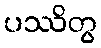
ပဿိတွ